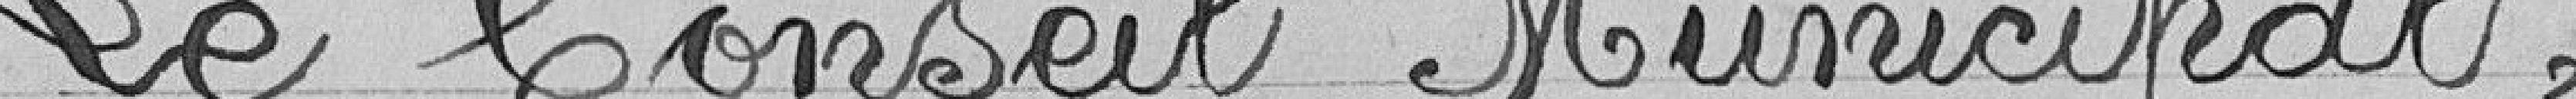
Le Conseil Municipal